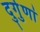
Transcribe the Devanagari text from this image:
दुर्गुणां